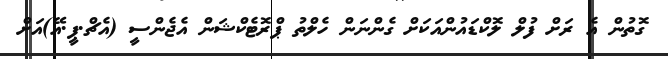
ގޮތުން އެ ރަށް ފުލް ލޮކްޑައުންއަކަށް ގެންނަން ހެލްތު ޕްރޮޓެކްޝަން އެޖެންސީ (އެޗް.ޕީ.އޭ)އަށް